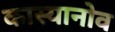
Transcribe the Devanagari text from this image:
कास्यानोव